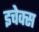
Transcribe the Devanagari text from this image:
इचेक्स